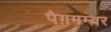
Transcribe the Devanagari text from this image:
पैग़मम्बर